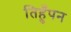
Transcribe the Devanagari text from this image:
तिहुँपन